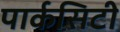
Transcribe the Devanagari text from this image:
पार्कसिटी